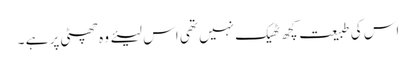
اس کی طبیعت کچھ ٹھیک نہیں تھی اس لیئے وہ چھٹی پر ہے ۔